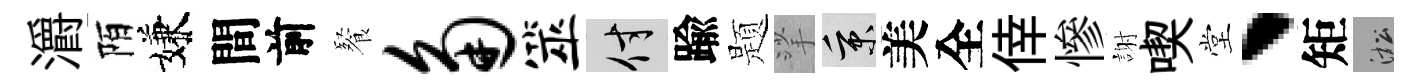
灂陌嫌間前餐角筮付踰题挲秉美全倖慘謝喫堂、矩淞